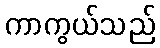
ကာကွယ်သည်